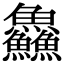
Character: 鱻